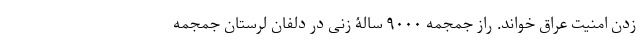
زدن امنیت عراق خواند. راز جمجمه ۹۰۰۰ سالۀ زنی در دلفان لرستان جمجمه